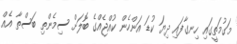
މަގުމަތީގައި ހިނގާފައި ދިޔަ ކުޑަ އަންހެން ކުއްޖެއްގެ ބޮލަށް ސިމެންތި ބަސްތާ އެއް